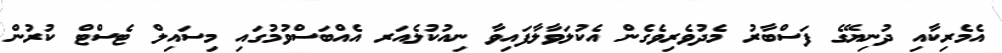
އެމެރިކާއި ދުނިޔޭގެ ފަސްބާރު މެދުވެރިވެގެން އެކުލަވާލާފައިވާ ނިއުކުލެއަރ އެއްބަސްވުމުގައި މިސައިލް ޓެސްޓް ކުރުން